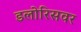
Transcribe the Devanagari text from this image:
डलोरिसवर